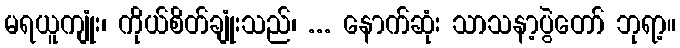
မရယူကျုံး၊ ကိုယ်စိတ်ချုံးသည်၊ ... နောက်ဆုံး သာသနာ့ပွဲတော် ဘုရာ့။